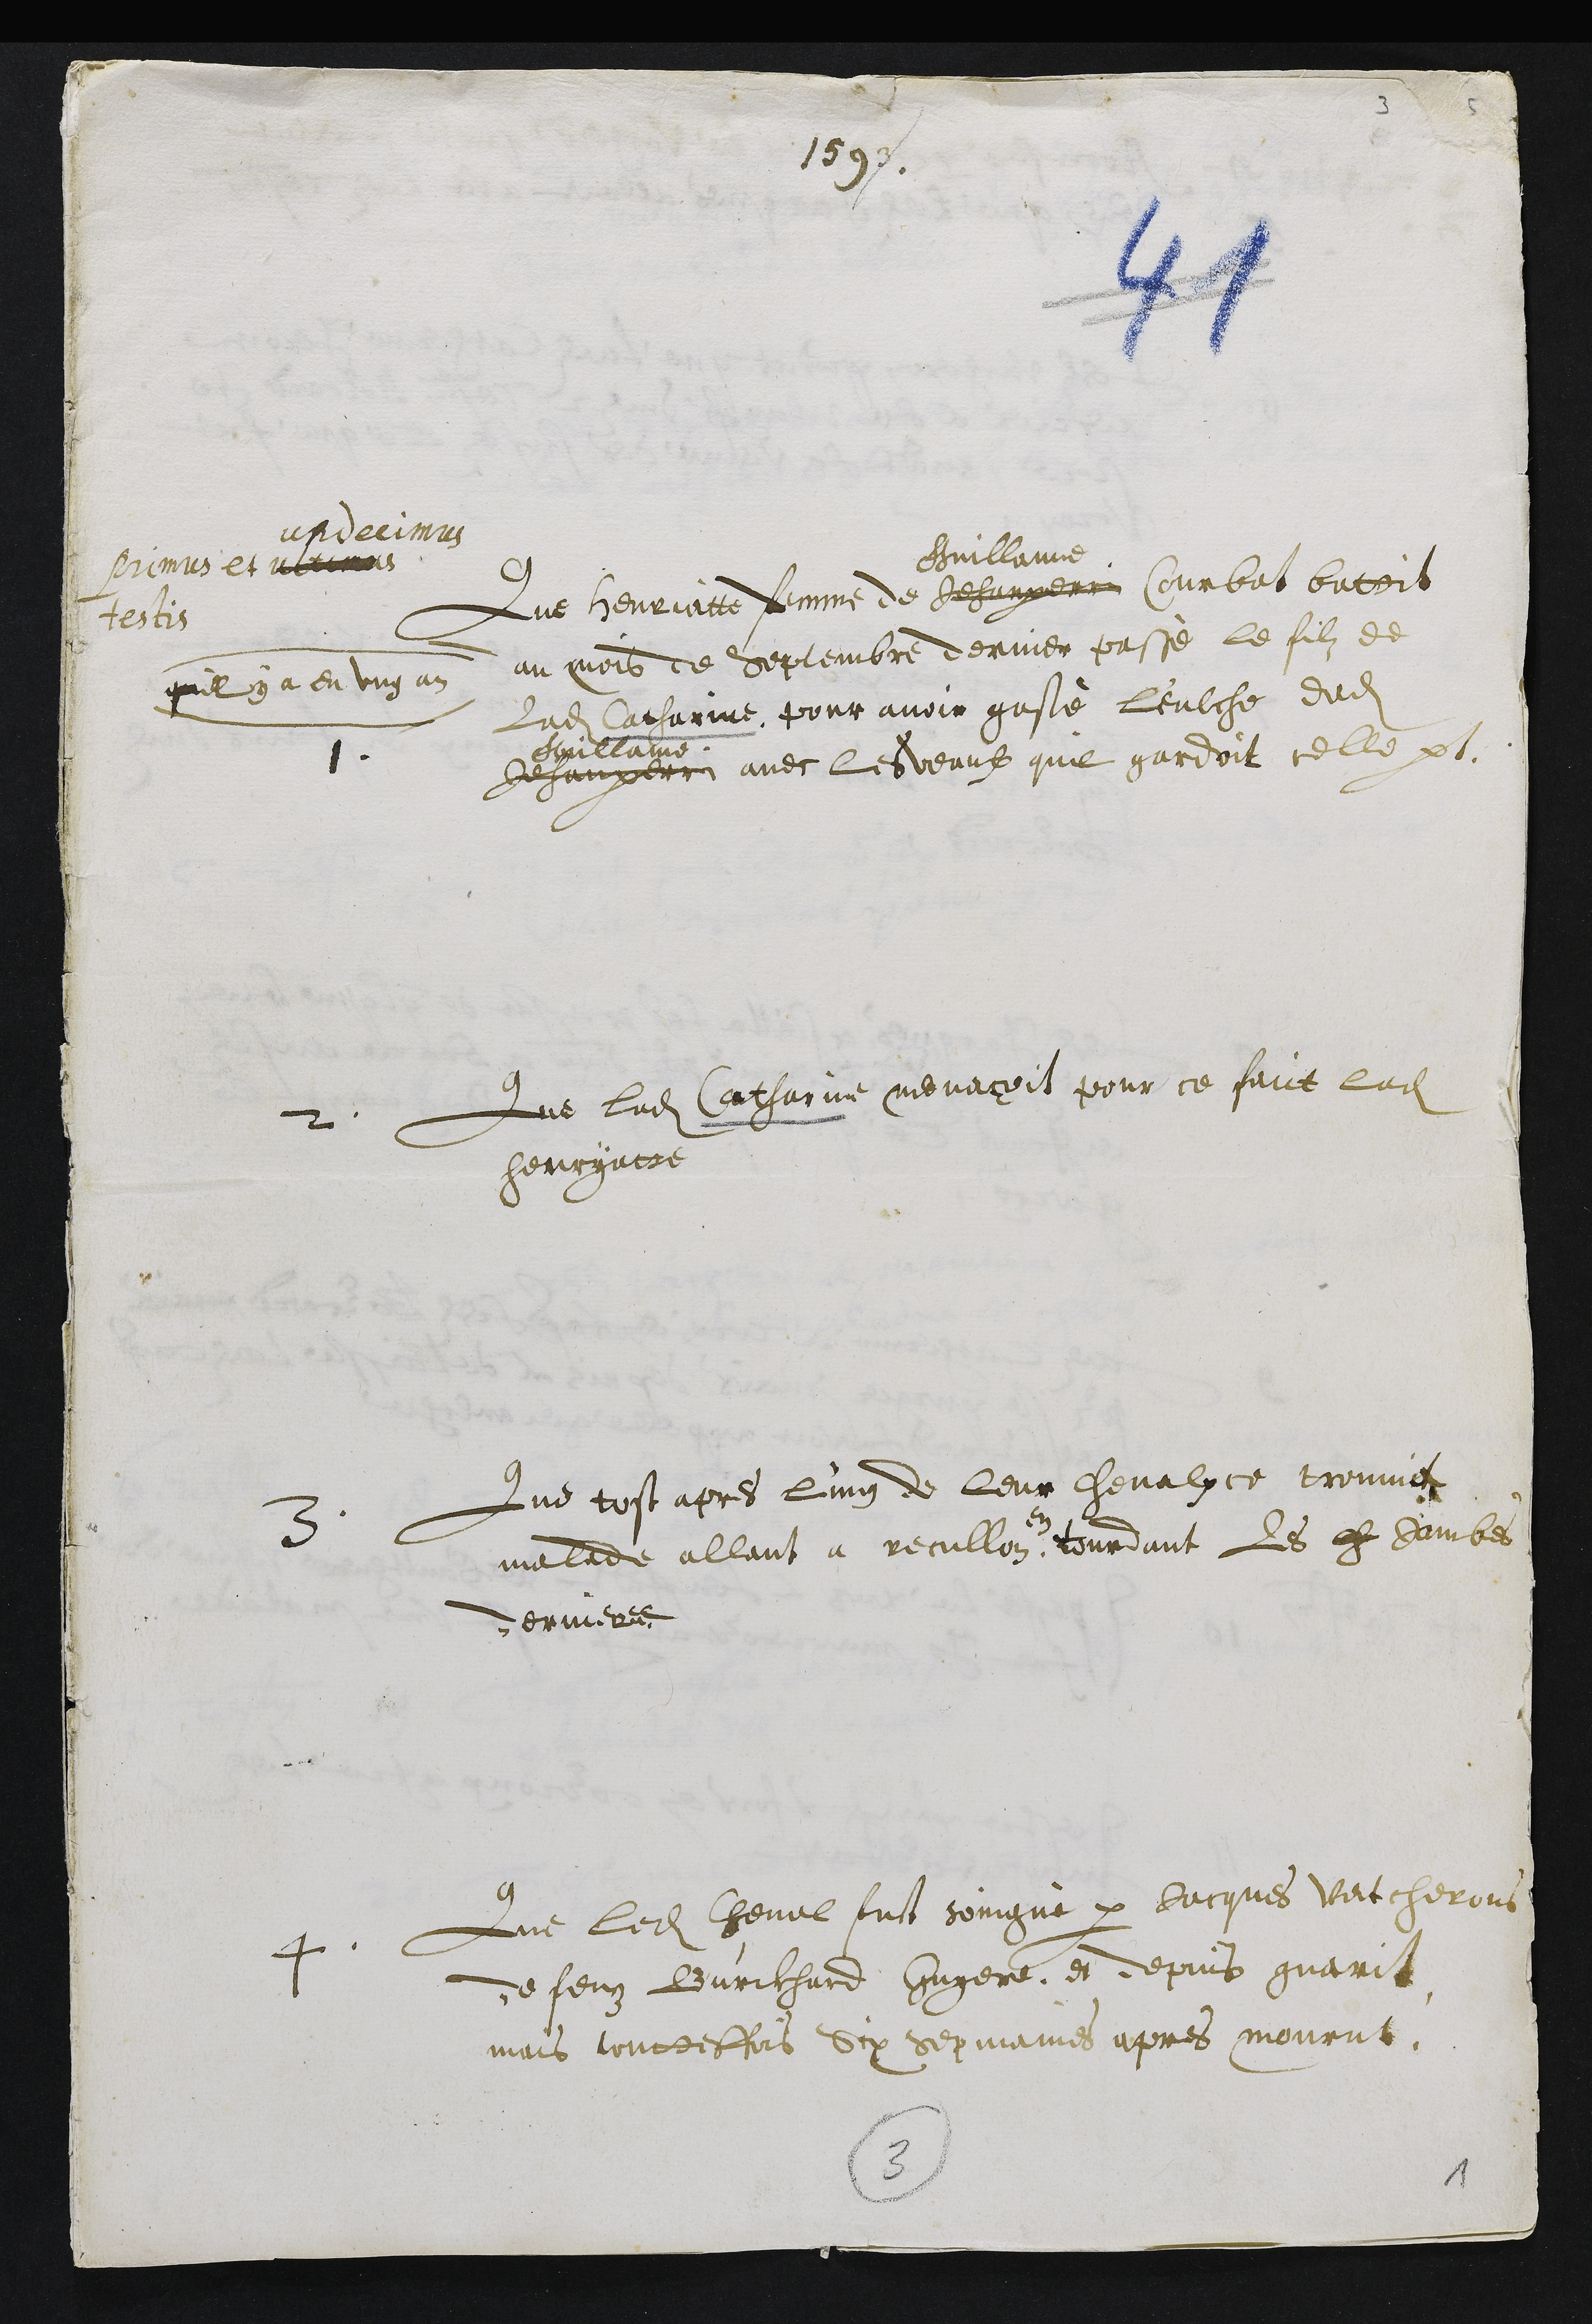
1593
primus et ultimus
undecimus
testis
1
Que Henriatte femme de Jehan perrin
Guillaume
Courbat batoit
quil y a eu ung an
au mois de septembre dernier passé le filz de
ladite Catharine pour avoir gasté l'eulche dudit
Jehan perrin
Guillaume
avec les veaulx quil gardoit celle part.
2
Que ladite Catharine menaçoit pour ce faict ladite
Henryatte
3
Que tost apres l'ung de leur chevalx ce trouvict
malade allant a recullon
en
tourdant les ch jambes
dernieres
4
Que ledit Cheval fust soingné par Jacques Vatcherons
de feuz Burckhard Guyere et depuis guarit
mais touttesfois six sepmaines après mourut
3
1